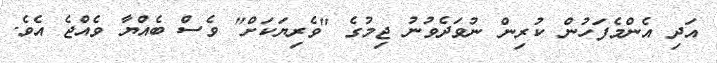
އަދި އެންމެފަހުން ކުރިން ނުވަދެވުނު ޖިމުގެ "ވެރިޔަކަށް" ވެސް ބެއްޔާ ވެއްޖެ އެވެ.